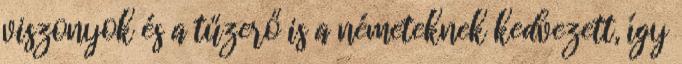
viszonyok és a tűzerő is a németeknek kedvezett, így